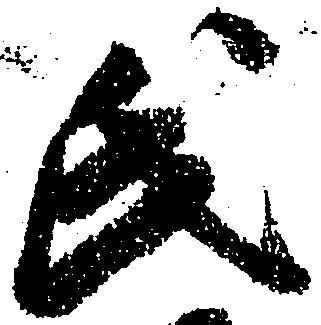
氏